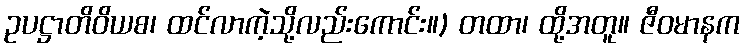
ဥပဋ္ဌာတိဝိယစ၊ ထင်လာကဲ့သို့လည်းကောင်း။) တထာ၊ ထို့အတူ။ ဇီဝမာနက